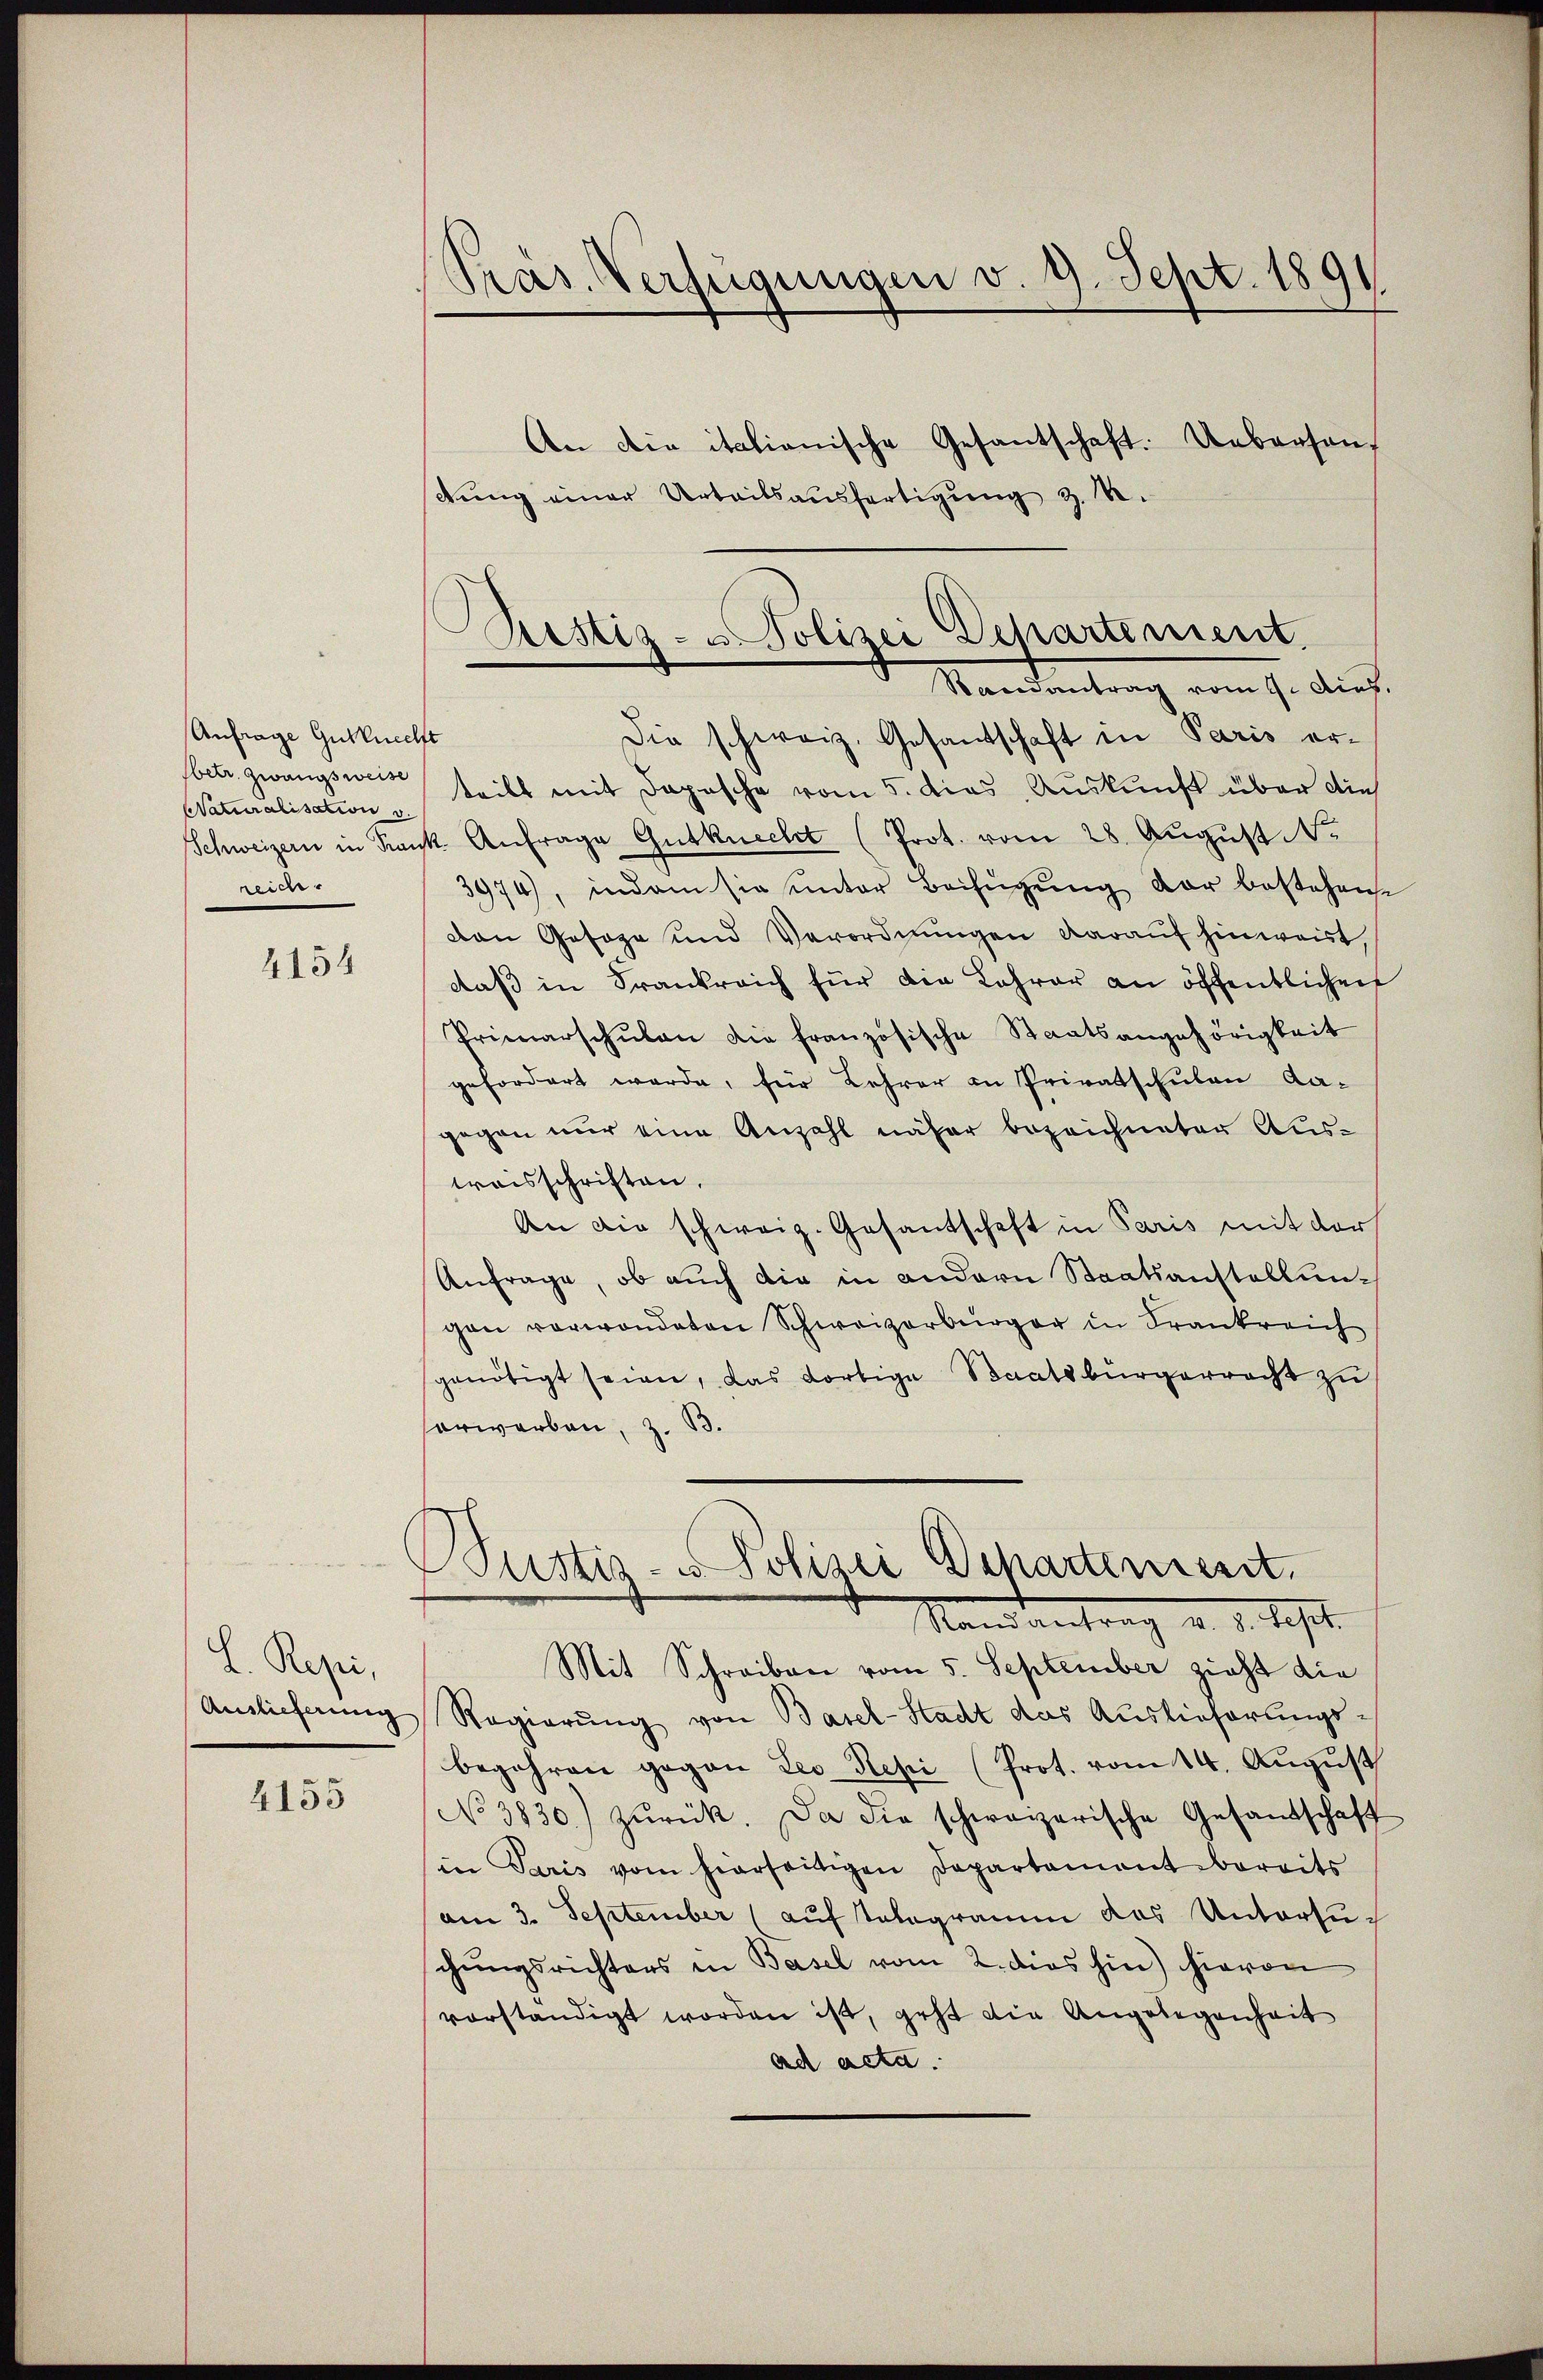
Anfrage Gutknecht
sbetr. Zwangsweise
Naturalisation v.
reich.

4154

L. Rezi,
Auslieferung

4155

Präs. Verfügungen v. 9. Sept. 1891

dung einer Urteilsausfertigung z. B.
Die schweiz. Gesandschaft in Paris er-
teilt mit Depesche vom 5. dies Auskunft über die
Schweizern in Krank. Anfrage Gutknecht (Prot. vom 28. Aŭgŭst N.
3974), indem sie unter Beifügung der bestehen
den Gesage und Verordnungen darauf hinweist,
daß in Frankreich für die Lehrer an öffentlichen
Primarschŭlen die französische Staatsangehörigkeit
gefordert werde, für Lehrer in Privatschulen da-
gegen nur eine Anzahl näher bezeichneter Austreisschriften.
An die schweiz. Gesantschaft in Paris mit der
Anfrage, ob auch die in andern Staatsanstellungen verwandeten Schweizerbürger in Frankreich
genötigt seien, das dortige Staatsbürgerrecht zŭ
erwerben, z. B.
Justiz- & Polizei Departement.
Nandantrag u. v. Sept.
Mit Schreiben vom 5. September zieht die
Regierung von Basel-Stadt das Auslieferungs-
begehren gegen des Resci (Prot. vom 14. August
No 3830) zŭrück. Da die schweizerische Gesandschaft
in Paris vom hierseitigen Departament bereits
am 3. September (auf telegramm das Untersuschungsrichters in Basel vom 2. dies hin) hievon
vorständigt worden ist, geht die Angelegenheit
ad acta.

An die italianische Gesantschaft. Ueberson

Rustiz- u Polizei Departement.
Randantrag vom 9. dies